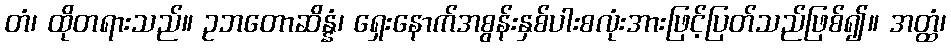
တံ၊ ထိုတရားသည်။ ဥဘတောဆိန္နံ၊ ရှေးနောက်အစွန်းနှစ်ပါးစလုံးအားဖြင့်ပြတ်သည်ဖြစ်၍။ အတ္ထံ၊